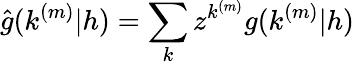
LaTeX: \hat{g}(k^{(m)}|h)=\sum_{k}z^{k^{(m)}}g(k^{(m)}|h)